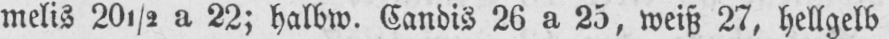
melis 20½ a 22; halbw. Candis 26 a 25, weiß 27, hellgelb